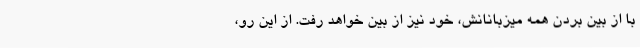
با از بین بردن همه میزبانانش، خود نیز از بین خواهد رفت. از این رو،